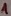
Text: 1